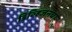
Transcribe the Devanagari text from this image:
डिव्हिजनचा